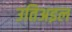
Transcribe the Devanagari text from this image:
उतिअइल